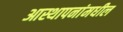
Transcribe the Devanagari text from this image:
आस्थापनांमधील